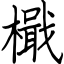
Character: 檝